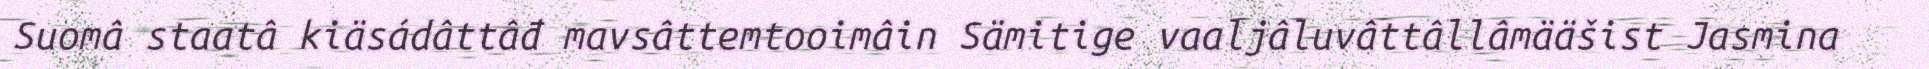
Suomâ staatâ kiäsádâttâđ mavsâttemtooimâin Sämitige vaaljâluvâttâllâmääšist Jasmina